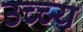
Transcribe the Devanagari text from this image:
उच्च्य